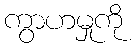
ကွာဟမှုကို